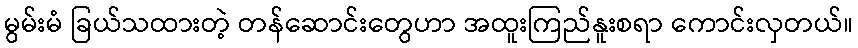
မွမ်းမံ ခြယ်သထားတဲ့ တန်ဆောင်းတွေဟာ အထူးကြည်နူးစရာ ကောင်းလှတယ်။